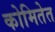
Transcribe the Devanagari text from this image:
कोमितेत